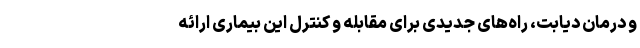
و درمان دیابت، راه‌های جدیدی برای مقابله و کنترل این بیماری ارائه